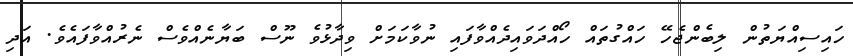
ހައިސިއްޔަތުން ލިބެންޖެހޭ ހައްގުތައް ހޯއްދަވައިދެއްވާފައި ނުވާކަމަށް ވިދާޅުވެ ނޫސް ބަޔާނެއްވެސް ނެރުއްވާފައެވެ. އަދި